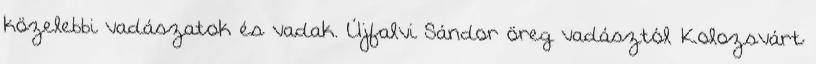
közelebbi vadászatok és vadak. Újfalvi Sándor öreg vadásztól Kolozsvárt